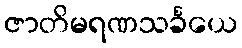
ဇာတိမရဏသင်္ခယေ